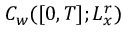
C _ { w } ( [ 0 , T ] ; L _ { x } ^ { r } )